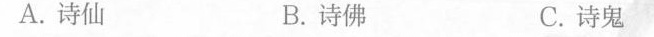
A诗仙 B.诗佛 C.诗鬼